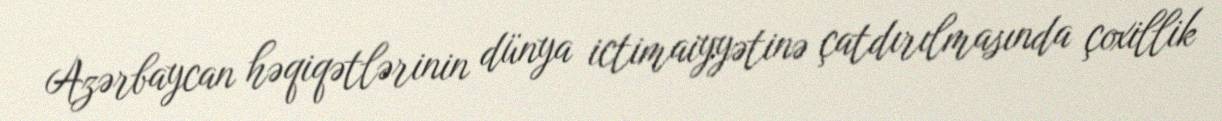
Azərbaycan həqiqətlərinin dünya ictimaiyyətinə çatdırılmasında çoxillik